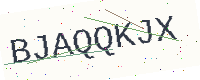
Text: BJAQQKJX